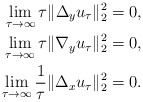
\begin{align*}\lim_{\tau\to\infty}\tau \|\Delta_y u_{\tau}\|_2^2=0, \\\lim_{\tau\to\infty}\tau \|\nabla_y u_{\tau}\|_2^2=0, \\\lim_{\tau\to\infty}\frac{1}{\tau} \|\Delta_x u_{\tau}\|_2^2=0.\end{align*}